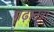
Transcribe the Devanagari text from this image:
मढ़ानत्रा